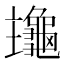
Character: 𪚹